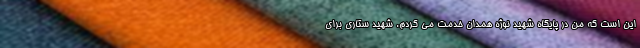
این است که من در پایگاه شهید نوژه همدان خدمت می کردم. شهید ستاری برای